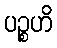
ပဉ္စဟိ